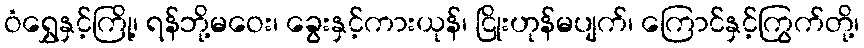
ဝံရွှေနှင့်ကြို့၊ ရန်ဘို့မဝေး၊ ခွေးနှင့်ကားယုန်၊ ငြိုးဟုန်မပျက်၊ ကြောင်နှင့်ကြွက်တို့၊